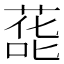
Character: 蒊